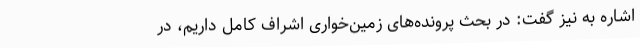
اشاره به نیز گفت: در بحث پرونده‌های زمین‌خواری اشراف کامل داریم، در